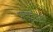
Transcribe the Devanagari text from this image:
यजुर्वेदमे